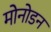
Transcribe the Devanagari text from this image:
मोनोडन